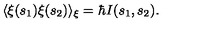
\langle \xi ( s _ { 1 } ) \xi ( s _ { 2 } ) \rangle _ { \xi } = \hbar I ( s _ { 1 } , s _ { 2 } ) .